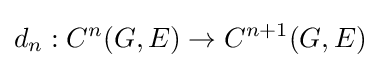
d_{n}:C^{n}(G,E)\to C^{n+1}(G,E)